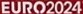
EURO2024